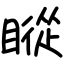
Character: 瞛